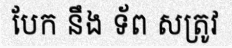
បែក នឹង ទ័ព សត្រូវ